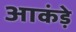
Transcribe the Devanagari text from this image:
आकंड़े